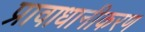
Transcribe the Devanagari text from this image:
प्रावाधानीकरण